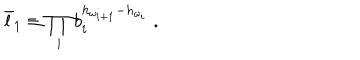
\bar { l } _ { 1 } \equiv \prod _ { i } b _ { i } ^ { h _ { \omega _ { i + 1 } } - h _ { \omega _ { i } } } \; .